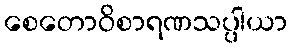
စေတောဝိစာရဏသပ္ပါယာ